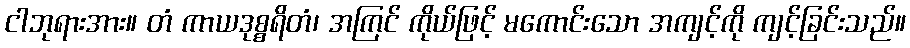
ငါဘုရားအား။ တံ ကာယဒုစ္စရိတံ၊ အကြင် ကိုယ်ဖြင့် မကောင်းသော အကျင့်ကို ကျင့်ခြင်းသည်။